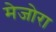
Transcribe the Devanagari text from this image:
मेजोरा